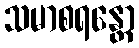
သမာစရန္တော